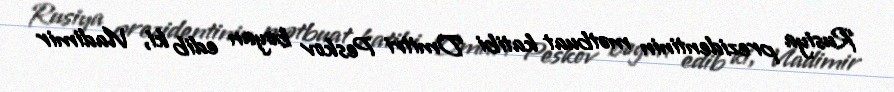
Rusiya prezidentinin mətbuat katibi Dmitri Peskov bəyan edib ki, Vladimir